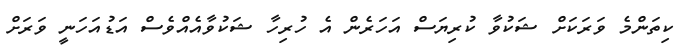
ކިތަންމެ ވަރަކަށް ޝަކުވާ ކުރިޔަސް އަހަރެން އެ ހުރިހާ ޝަކުވާއެއްވެސް އަޑުއަހަނީ ވަރަށް